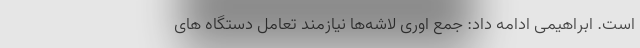
است. ابراهیمی ادامه داد: جمع اوری لاشه‌ها نیازمند تعامل دستگاه های